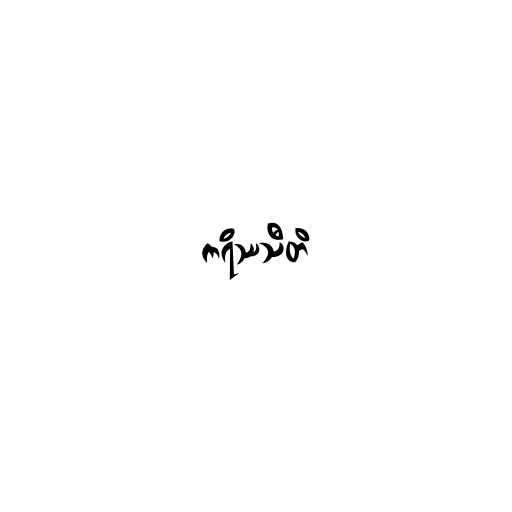
ကရိဿသီတိ